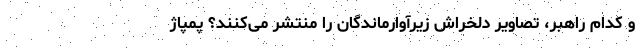
و کدام راهبر، تصاویر دلخراش زیرآوارماندگان را منتشر می‌کنند؟ پمپاژ